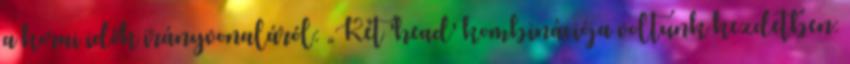
a korai idők irányvonaláról: „Két 'head' kombinációja voltunk kezdetben: